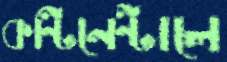
কন্টিনেন্টালে